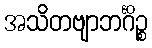
အသိတဗျာဘင်္ဂိဉ္စ